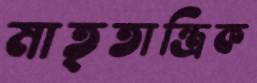
মাতৃতান্ত্রিক